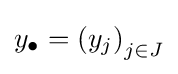
y_{\bullet }=\left(y_{j}\right)_{j\in J}